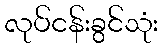
လုပ်ငန်းခွင်သုံး